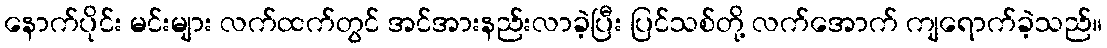
နောက်ပိုင်း မင်းများ လက်ထက်တွင် အင်အားနည်းလာခဲ့ပြီး ပြင်သစ်တို့ လက်အောက် ကျရောက်ခဲ့သည်။